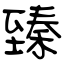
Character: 臻